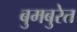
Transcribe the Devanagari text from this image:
बुमबुरेत